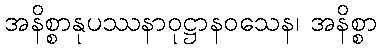
အနိစ္စာနုပဿနာဝုဋ္ဌာနဝသေန၊ အနိစ္စာ